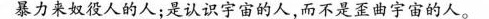
暴力来奴役人的人；是认识宇宙的人，而不是歪曲宇宙的人。